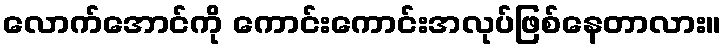
လောက်အောင်ကို ကောင်းကောင်းအလုပ်ဖြစ်နေတာလား။